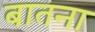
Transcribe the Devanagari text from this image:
बातना